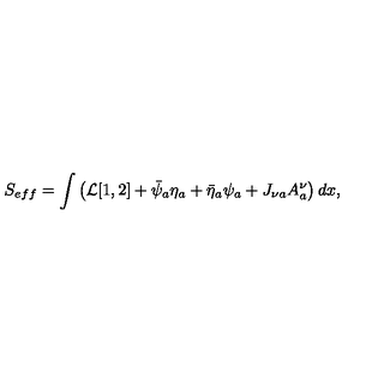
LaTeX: S _ { e f f } = \int \left( { \cal L } [ 1 , 2 ] + \bar { \psi } _ { a } \eta _ { a } + \bar { \eta } _ { a } \psi _ { a } + J _ { \nu a } A _ { a } ^ { \nu } \right) d x ,